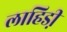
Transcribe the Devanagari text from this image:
लाहिडी़